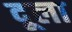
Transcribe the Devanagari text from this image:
दूला